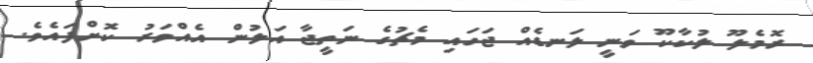
ރޮމެލޫ ލުކާކޫ ވަނީ ލަނޑެއް ޖަހައި މެޗުގެ ނަތީޖާ އަލުން އެއްވަރު ކޮށްފައެވެ.